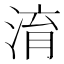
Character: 淯